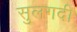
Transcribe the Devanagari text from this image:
सुलगदी